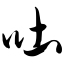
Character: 吐